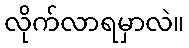
လိုက်လာရမှာလဲ။